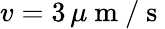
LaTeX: v=3\, \mu\mathrm{~m~}/\mathrm{~s~}